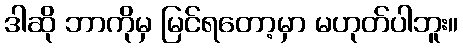
ဒါဆို ဘာကိုမှ မြင်ရတော့မှာ မဟုတ်ပါဘူး။